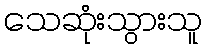
သေဆုံးသွားသူ